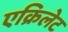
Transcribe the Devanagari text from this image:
एक्रिलेट